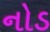
નોડ